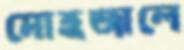
মোহজালে